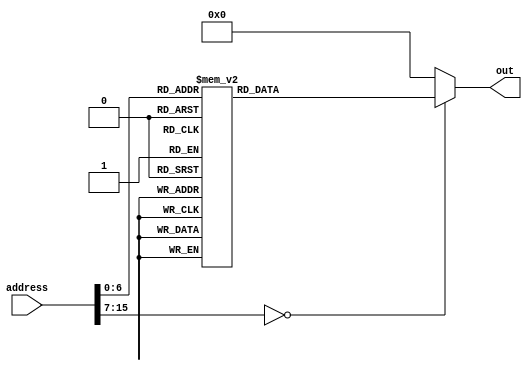
module rom_case(out, address);
output reg [15:0] out;
input  [15:0] address; // address- 8 deep memory  
always @(address)
begin
case (address)
8'h0:  out = 16'ha000; // LDI R0,0
8'h1:  out = 16'h0; // NOP
8'h2:  out = 16'hc66b; // LRI R0,1643 #11 bit -405
8'h3:  out = 16'hec00; // LRI R5,1024 #11 bit -1024
8'h4:  out = 16'hd119; // LRI R2,281
8'h5:  out = 16'h6895; // ADD R2,R2,R5
8'h6:  out = 16'h6805; // ADD R0,R0,R5
8'h7:  out = 16'h696d; // ADD R5,R5,R5
8'h8:  out = 16'h68aa; // ADD R2,R5,R2
8'h9:  out = 16'h7168; // SHL R5,R5
8'ha:  out = 16'h6805; // ADD R0,R0,R5
8'hb:  out = 16'h7168; // SHL R5,R5
8'hc:  out = 16'h6895; // ADD R2,R2,R5
8'hd:  out = 16'h6368; // NEG R5,R5
8'he:  out = 16'h6802; // ADD R0,R0,R2
8'hf:  out = 16'h6802; // ADD R0,R0,R2
8'h10:  out = 16'ha818; // STI R0,24 #store special values
8'h11:  out = 16'haa19; // STI R2,25
8'h12:  out = 16'had1a; // STI R5,26
8'h13:  out = 16'hc000; // LRI R0,0 #start all off
8'h14:  out = 16'h5840; // MOVA R1,R0
8'h15:  out = 16'h5888; // MOVA R2,R1
8'h16:  out = 16'h58d0; // MOVA R3,R2
8'h17:  out = 16'h5918; // MOVA R4,R3
8'h18:  out = 16'h5960; // MOVA R5,R4 #end all off
8'h19:  out = 16'hf17d; // LRI R6,381 #start delay
8'h1a:  out = 16'h63b0; // NEG R6,R6
8'h1b:  out = 16'hf800; // LRI R7,0
8'h1c:  out = 16'h65f8; // DEC R7,R7
8'h1d:  out = 16'hbfff; // BRN R7,-1
8'h1e:  out = 16'h61b0; // INC R6,R6
8'h1f:  out = 16'hbefc; // BRN R6,-4 #end delay
8'h20:  out = 16'hc000; // LRI R0,0 #start all on
8'h21:  out = 16'h6400; // DEC R0,R0
8'h22:  out = 16'h5840; // MOVA R1,R0
8'h23:  out = 16'h5888; // MOVA R2,R1
8'h24:  out = 16'h58d0; // MOVA R3,R2
8'h25:  out = 16'h5918; // MOVA R4,R3
8'h26:  out = 16'h5960; // MOVA R5,R4 #end all on
8'h27:  out = 16'hf17d; // LRI R6,381 #start delay
8'h28:  out = 16'h63b0; // NEG R6,R6
8'h29:  out = 16'hf800; // LRI R7,0
8'h2a:  out = 16'h65f8; // DEC R7,R7
8'h2b:  out = 16'hbfff; // BRN R7,-1
8'h2c:  out = 16'h61b0; // INC R6,R6
8'h2d:  out = 16'hbefc; // BRN R6,-4 #end delay
8'h2e:  out = 16'ha418; // LDI R4,24 #start display
8'h2f:  out = 16'ha219; // LDI R2,25
8'h30:  out = 16'ha51a; // LDI R5,26
8'h31:  out = 16'h58d0; // MOVA R3,R2
8'h32:  out = 16'h2b40; // ORI R3,64
8'h33:  out = 16'hf808; // LRI R7,8
8'h34:  out = 16'h6cdf; // SUB R3,R3,R7
8'h35:  out = 16'hf801; // LRI R7,1
8'h36:  out = 16'h4c5f; // XOR R1,R3,R7
8'h37:  out = 16'h6c4d; // SUB R1,R1,R5
8'h38:  out = 16'h5820; // MOVA R0,R4
8'h39:  out = 16'he800; // LRI R5,0 #end display
8'h3a:  out = 16'hf17d; // LRI R6,381 #start delay
8'h3b:  out = 16'h63b0; // NEG R6,R6
8'h3c:  out = 16'hf800; // LRI R7,0
8'h3d:  out = 16'h65f8; // DEC R7,R7
8'h3e:  out = 16'hbfff; // BRN R7,-1
8'h3f:  out = 16'h61b0; // INC R6,R6
8'h40:  out = 16'hbefc; // BRN R6,-4 #end delay
8'h41:  out = 16'hf000; // LRI R6,0 #jump back to instruction 0
8'h42:  out = 16'h9b80; // JMPR R6

default: out=16'h0000;
endcase
end
endmodule